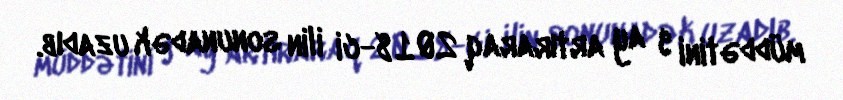
müddətini 9 ay artıraraq 2018-ci ilin sonunadək uzadıb.